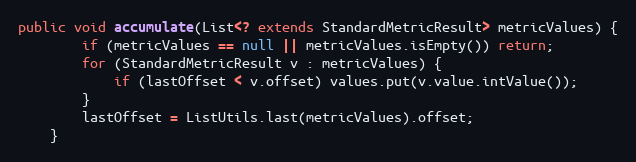
Language: Java
public void accumulate(List<? extends StandardMetricResult> metricValues) {
        if (metricValues == null || metricValues.isEmpty()) return;
        for (StandardMetricResult v : metricValues) {
            if (lastOffset < v.offset) values.put(v.value.intValue());
        }
        lastOffset = ListUtils.last(metricValues).offset;
    }